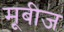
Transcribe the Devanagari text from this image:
मूबीज